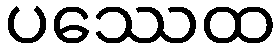
ပဿေထ